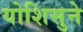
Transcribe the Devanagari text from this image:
योशिसुने